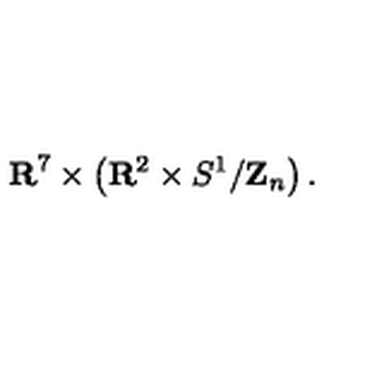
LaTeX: { \bf R } ^ { 7 } \times \left( { \bf R } ^ { 2 } \times S ^ { 1 } / { \bf Z } _ { n } \right) .